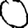
Digit: 0